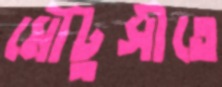
মৌটুসীতে